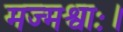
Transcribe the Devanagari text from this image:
मज्मश्वाः।